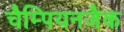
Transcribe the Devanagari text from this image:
चैम्पियनजैक